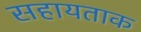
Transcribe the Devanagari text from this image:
सहायताक